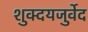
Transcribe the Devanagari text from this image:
शुक्दयजुर्वेद